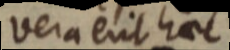
vera erit haec